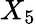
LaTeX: X_{5}